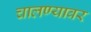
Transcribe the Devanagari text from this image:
चालण्यावर